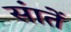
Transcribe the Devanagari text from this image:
संातें